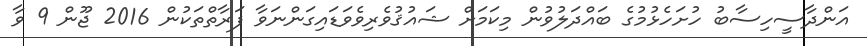
އަންދާސީހިސާބު ހުށަހެޅުމުގެ ބައްދަލުވުން މިކަމަށް ޝައުޤުވެރިވެވަޑައިގަންނަވާ ފަރާތްތަކުން 2016 ޖޫން 9 ވާ